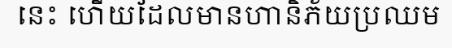
នេះ ហើយដែលមានហានិភ័យប្រឈម